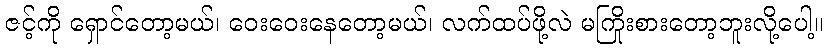
ဇင့်ကို ရှောင်တော့မယ်၊ ဝေးဝေးနေတော့မယ်၊ လက်ထပ်ဖို့လဲ မကြိုးစားတော့ဘူးလို့ပေါ့။